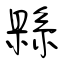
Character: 縣